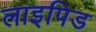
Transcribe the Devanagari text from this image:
लाइपिड